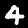
Label: 4